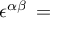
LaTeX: \boldsymbol { \epsilon } ^ { \alpha \beta } \: = \: